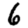
Digit: 6